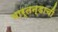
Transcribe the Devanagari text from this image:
मार्तन्डाची